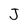
Character: J